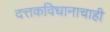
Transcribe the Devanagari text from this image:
दत्तकविधानाचाही